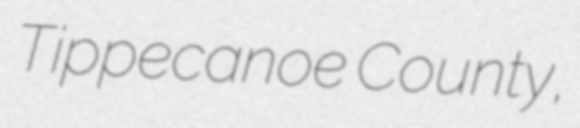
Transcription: Tippecanoe County,